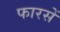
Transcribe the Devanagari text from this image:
फारसें